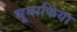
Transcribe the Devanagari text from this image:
भूमाफिया